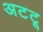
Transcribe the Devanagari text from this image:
अटटू